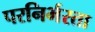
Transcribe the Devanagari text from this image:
परनिर्भरता